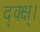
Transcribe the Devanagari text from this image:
द्क्क्ष्।